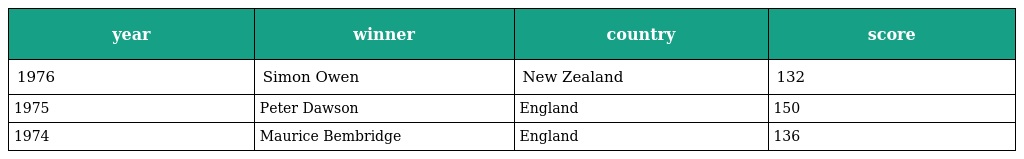
| year | winner | country | score |
 | --- | --- | --- | --- |
 | 1976 | Simon Owen | New Zealand | 132 |
 | 1975 | Peter Dawson | England | 150 |
 | 1974 | Maurice Bembridge | England | 136 |